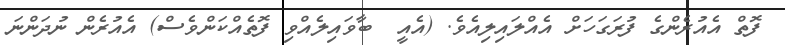
ފޮތް އެއުރެންގެ ފުރަގަހަށް އެއްލައިލިއެވެ. (އެއީ  ބާވައިލެއްވި ފޮތެއްކަންވެސް) އެއުރެން ނުދަންނަ